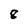
Character: 8